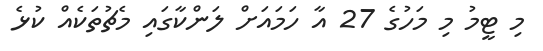
މި ޓީމު މި މަހުގެ 27 އާ ހަމައަށް ލަންކާގައި މެޗުތަކެއް ކުޅެ